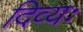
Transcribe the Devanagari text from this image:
दिव्यः